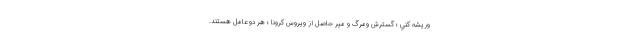
وريشه كني ؛ گسترش ومرگ و مير حاصل از ويروس كرونا ؛ هر دو عامل هستند.